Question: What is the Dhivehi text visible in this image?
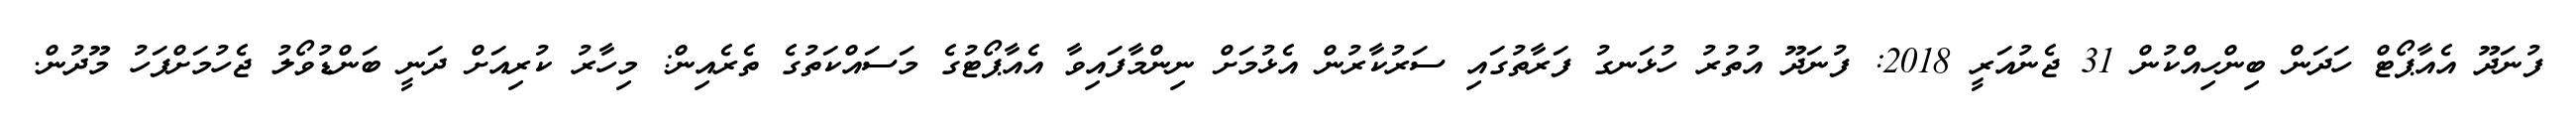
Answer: ފުނަދޫ އެއާޕޯޓް ހަދަން ބިންހިއްކުން 31 ޖެނުއަރީ 2018: ފުނަދޫ އުތުރު ހުޅަނގު ފަރާތުގައި ސަރުކާރުން އެޅުމަށް ނިންމާފައިވާ އެއާޕޯޓުގެ މަސައްކަތުގެ ތެރެއިން: މިހާރު ކުރިއަށް ދަނީ ބަންޑުވޯލު ޖެހުމަށްފަހު މޫދުން.